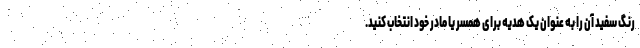
رنگ سفید آن را به عنوان یک هدیه برای همسر یا مادر خود انتخاب کنید.